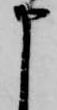
申